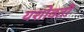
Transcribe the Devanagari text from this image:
यशोवती